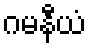
ဂမနီယံ